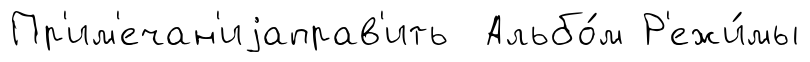
Пр'им'ечан'иjаправ'ить Альбо́м Р'ежи́мы